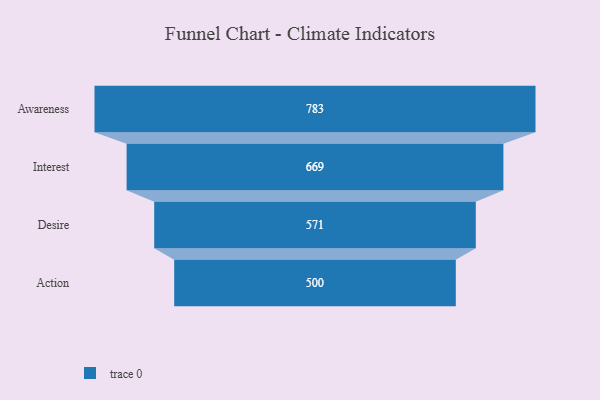
{"axis": {"x": "Stage", "y": "Value"}, "legend": [""], "data": [{"x": "Awareness", "y": 783.0, "type": ""}, {"x": "Interest", "y": 669.0, "type": ""}, {"x": "Desire", "y": 571.0, "type": ""}, {"x": "Action", "y": 500, "type": ""}]}